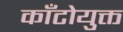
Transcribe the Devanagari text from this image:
काँटोयुक्त